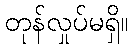
တုန်လှုပ်မရှိ။